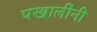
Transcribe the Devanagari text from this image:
पखालींनी